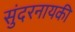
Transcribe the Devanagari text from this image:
सुंदरनायकी